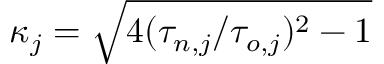
\kappa _ { j } = \sqrt { 4 ( \tau _ { n , j } / \tau _ { o , j } ) ^ { 2 } - 1 }